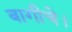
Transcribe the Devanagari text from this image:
बागीचे।